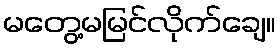
မတွေ့မမြင်လိုက်ချေ။